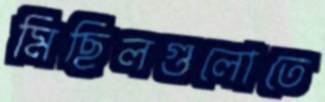
মিছিলগুলোতে